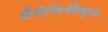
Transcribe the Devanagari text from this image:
औद्योगिकीकृत